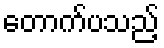
တောက်ပသည့်